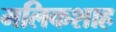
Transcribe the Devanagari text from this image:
मलिकशाह